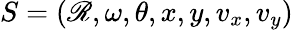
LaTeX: S=(\mathscr{R},\omega,\theta,x,y,v_{x},v_{y})